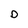
Character: D